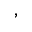
,